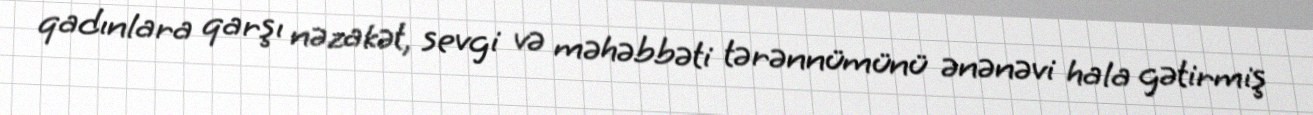
qadınlara qarşı nəzakət, sevgi və məhəbbəti tərənnümünü ənənəvi hala gətirmiş